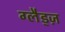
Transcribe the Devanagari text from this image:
ग्लैड्ज़